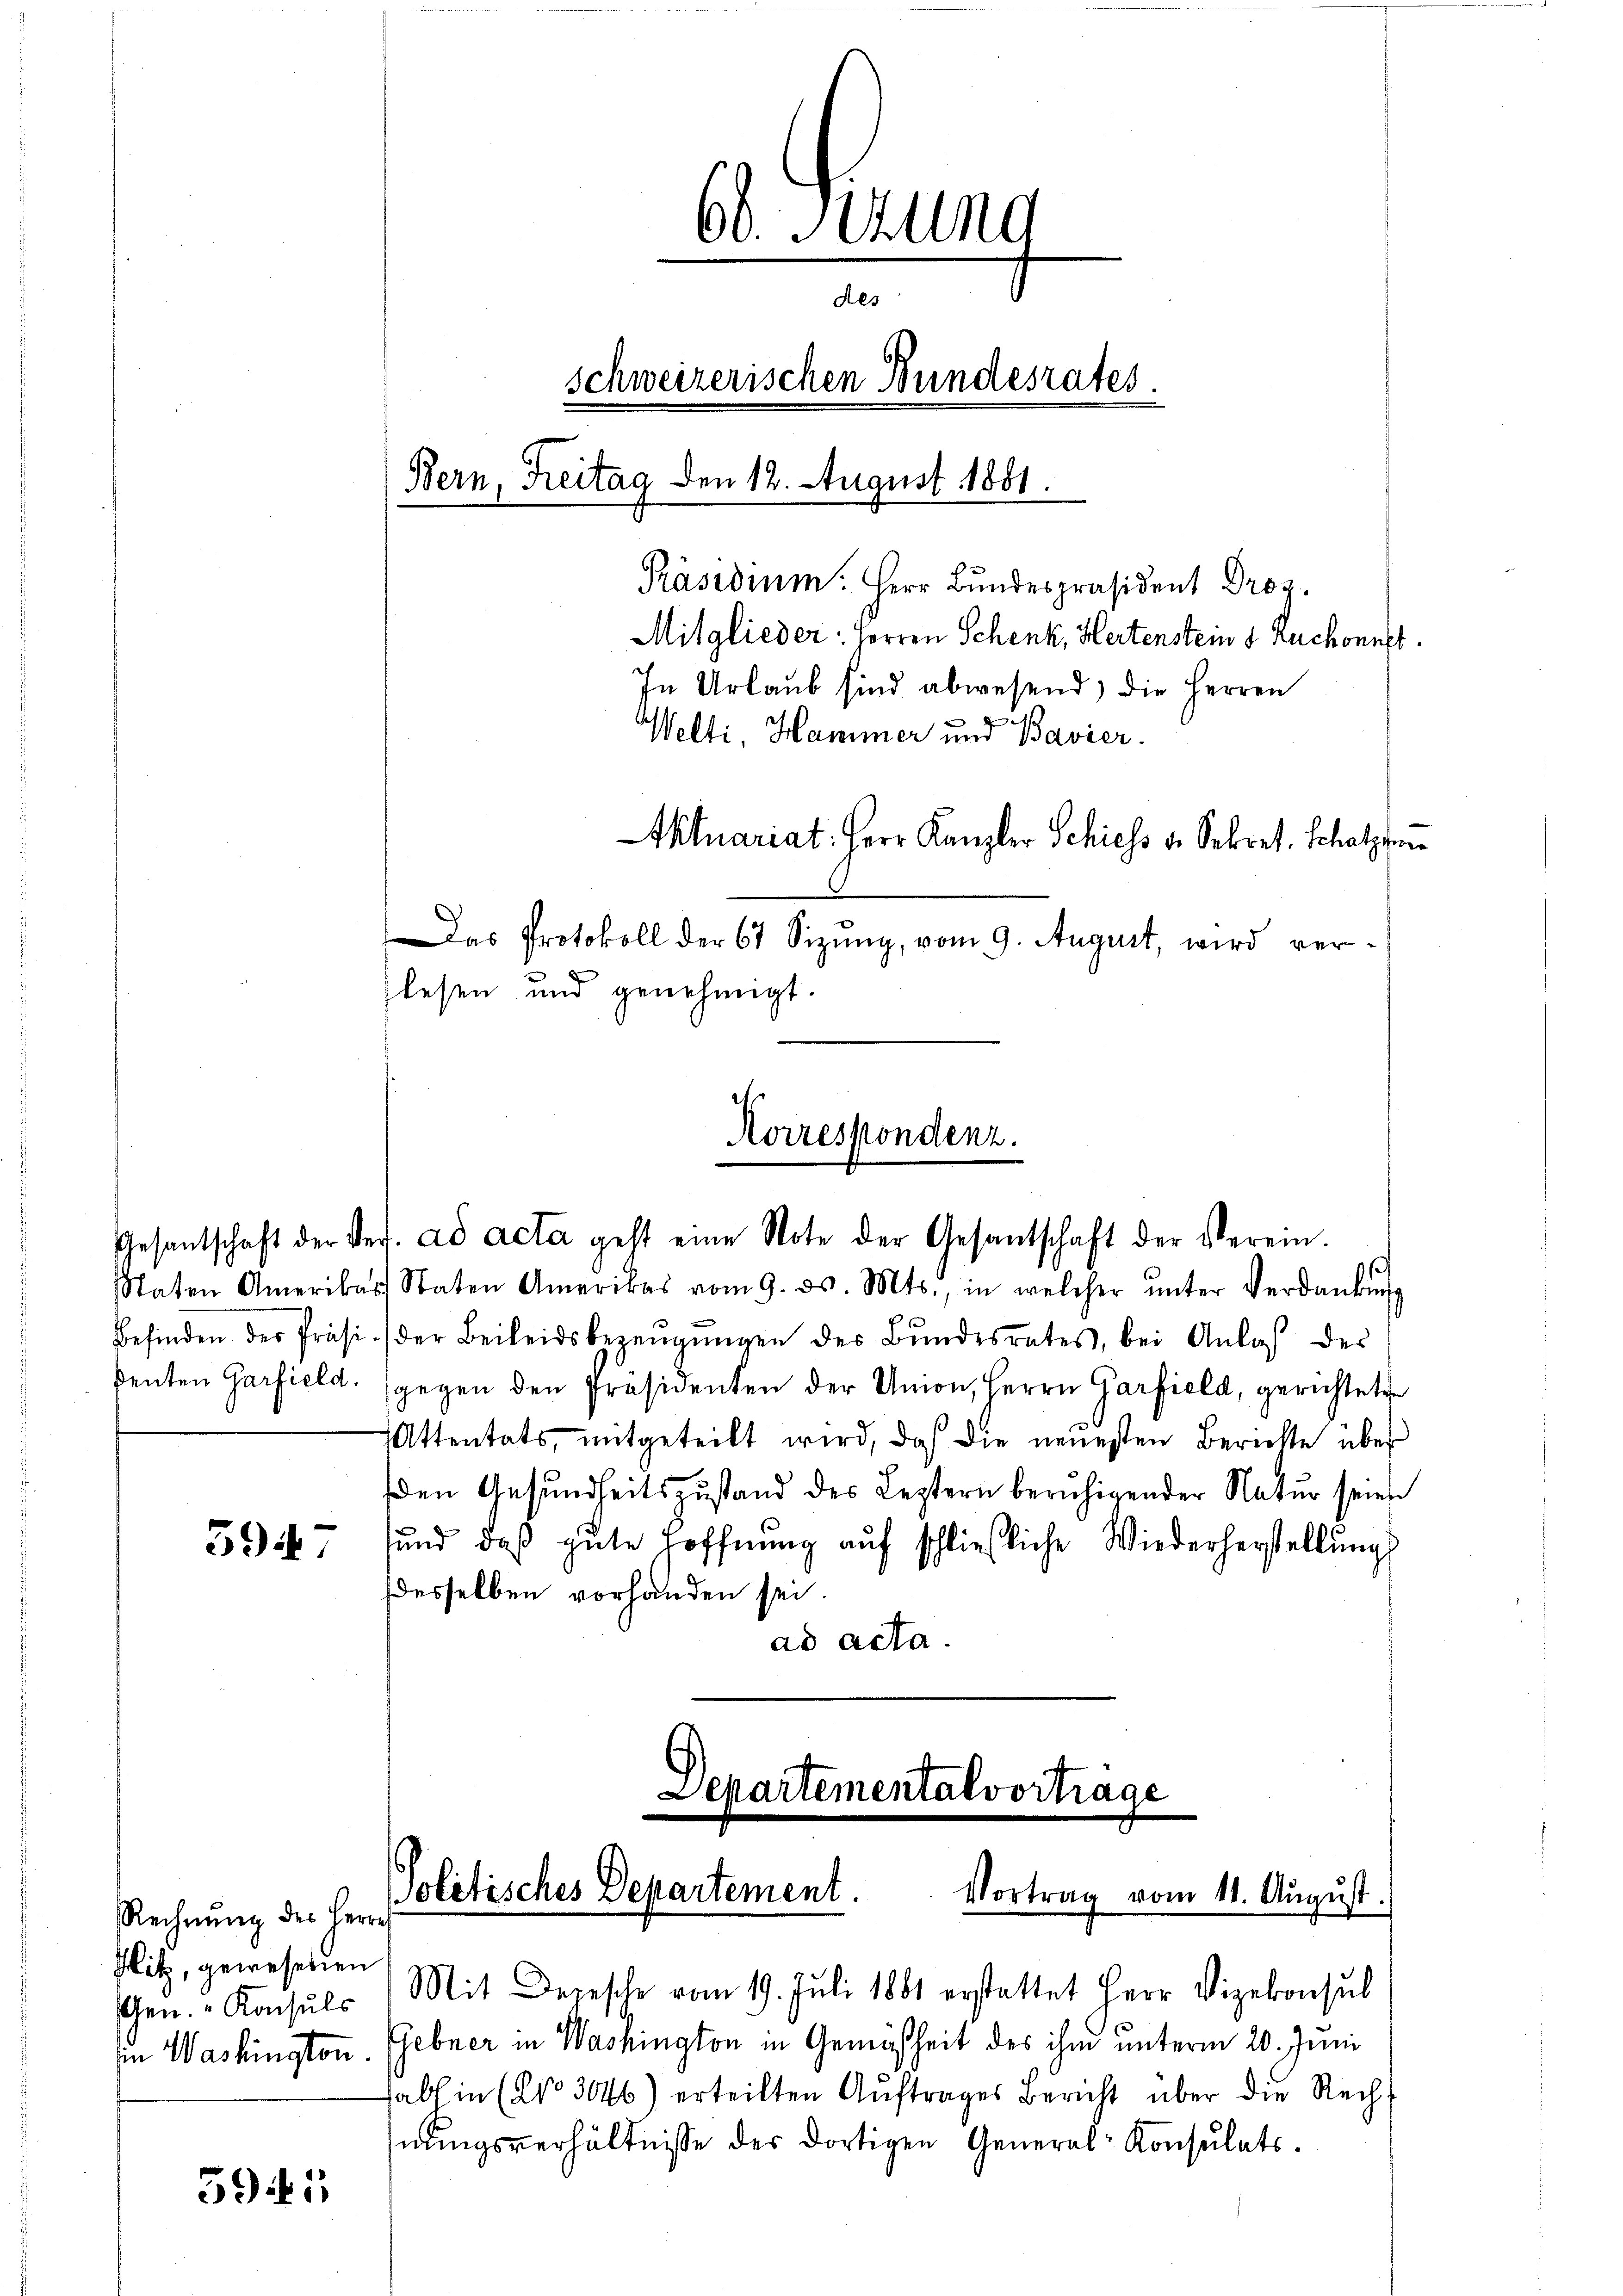
5947

Rechnung des Herrn
Hitz, gewesenen
Gen. - Konsuls

391

60. Sitzung
des
schweizerischen Bundesrates
Bern, Freitag den 12. August 1881.
Präsidium. Herr Bundespräsident Droz.
Mitglieder: Herren Schenk, Hertenstein s. Ruchonnet
In Urlaub sind abwesend) die Herren
Welti, Hammer und Bavier
Aktuariat: Herr Kanzler Schiess v. Sekret. Schatzfor
Das Protokoll der 67 Sizung, vom 9. August, wird verlesen und genehmigt.

Staten Amerikas Staten Amerikas vom 9. ds. Mts., in welcher ŭnter Verdankŭng
Befinden der Präsider Beileidsbezeugungen des Bŭndesrates, bei Anlaβ des
denten Garfield (gegen den Präsidenten der Union, Herrn Garfield, gerichteten
Attentats, mitgeteilt wird, daß die neuesten Berichte über
en Gesundheitszustand des Leztern beruhigender Natur seies
sund, daß gute Hoffnŭng aŭf schließliche Wiederherstellŭngs
desselben vorhanden sei
ad acta.

Mit Depesche vom 19. Juli 1861 erstattet Herr Vizekonsul
in Washington. Gebner in Washington in Gemäßheit des ihm unterm 20. Juni
habl in (No 3046) erteilten Auftrages Bericht über die Rechnŭngsverhältnisse des dortigen General-Konsulats.

Korrespondenz.
Gesantschaft der Ver. ad acta geht eine Note der Gesantschaft der Verein-

Departementalvortrage
Politisches Departement.
Vortrag vom 11. Aŭgŭst.